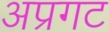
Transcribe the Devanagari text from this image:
अप्रगट